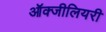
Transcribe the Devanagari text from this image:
ऑक्जीलियरी